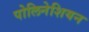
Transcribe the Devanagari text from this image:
पोलिनेशियन